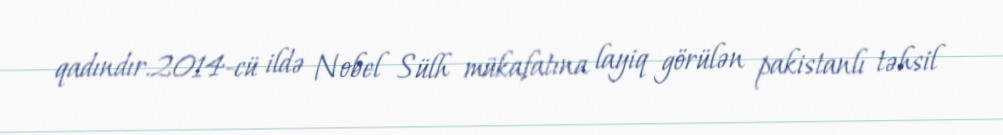
qadındır.2014-cü ildə Nobel Sülh mükafatına layiq görülən pakistanlı təhsil